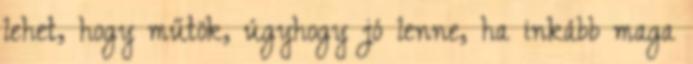
lehet, hogy műtök, úgyhogy jó lenne, ha inkább maga